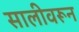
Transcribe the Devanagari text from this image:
सालीवरून